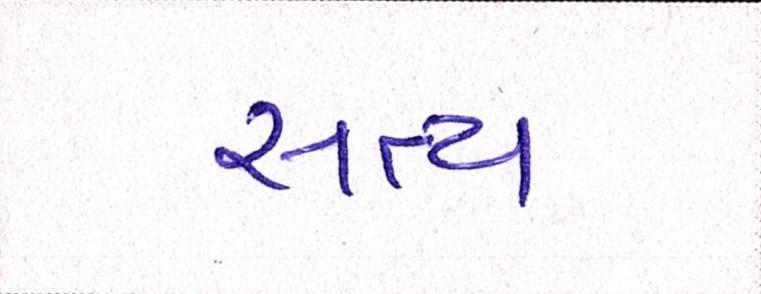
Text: સત્ય